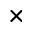
\times